Report on vaccination in Madras 1904-1921 - 1904-1921
Year: 1904
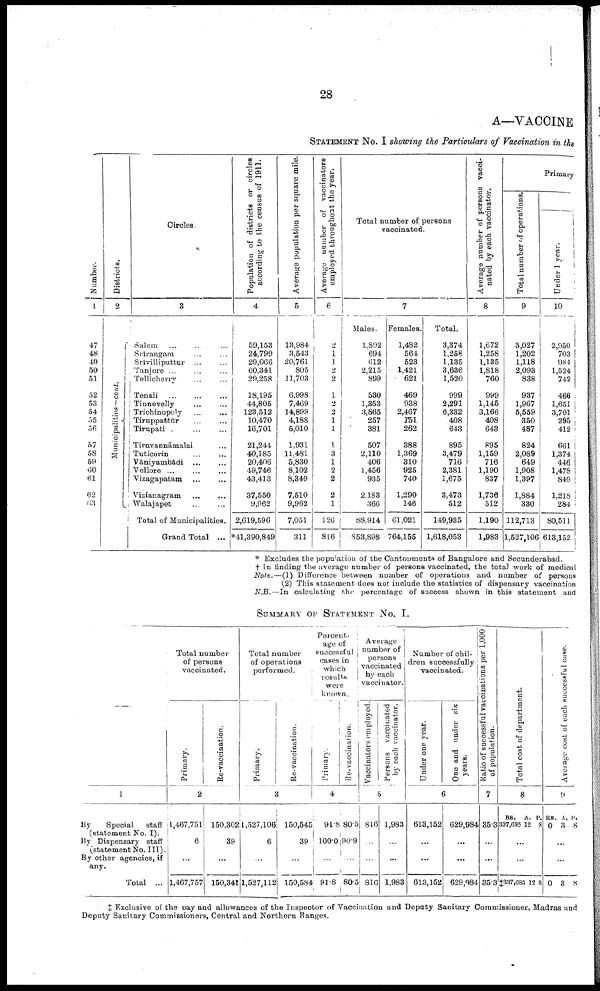
28
A—VACCINE
STATEMENT No. I showing the Particulars of Vaccination in the
Number.
1
47
48
49
50
51
52
53
54
55
56
57
58
59
60
61
62
63
Districts.
2
Municipalities—cont.
Circles.
3
Salem ... ... ...
Srirangam ... ...
Srivilliputtur ... ...
Tanjore ... ......
Tellicherry ... ...
Tenali
...
...
...
Tinnevelly ... ...
Trichinopoly ... ...
Tiruppattūr ... ...
Tirupati ... ...
Tiruvannāmalai ...
Tuticorin ... ...
Vāniyambadi
...
...
Vellore
...
...
...
Vizagapatam
...
...
Vizianagram ... ...
Walajapet
...
...
Total of Municipalities.
Grand Total ...
Population of districts or circles
according to the census of 1911.
4
59,153
24,799
29,066
60,341
29,258
18,195
44,805
123,512
10,470
16,701
21,244
40,185
20,406
49,746
43,413
37,550
9,962
2,619,596
*41,390,849
Average population per square mile.
5
13,984
3,543
20,761
805
11,703
6,998
7,469
14,899
4,188
5,010
1,931
11,481
5,830
8,102
8,349
7,510
9,962
7,051
311
Average number of vaccinators
employed throughout the year.
6
2
1
1
2
2
1
2
2
1
1
1
3
1
2
2
2
1
126
816
Total number of persons
vaccinated.
7
Males.
1,892
694
612
2,215
899
530
1,353
3,865
257
381
507
2,110
406
1,456
935
2,183
366
88,914
853,898
Females.
1,482
564
523
1,421
621
469
938
2,467
151
262
388
1,369
310
925
740
1,290
146
61,021
764,155
Total.
3,374
1,258
1,135
3,636
1,520
999
2,291
6,332
408
643
895
3,479
716
2,381
1,675
3,473
512
149,935
1,618,053
Average number of persons vacci-
nated by each vaccinator.
8
1,672
1,258
1,135
1,818
760
999
1,145
3,166
408
643
895
1,159
716
1,190
837
1,736
512
1,190
1,983
Primary
Total number of operations.
9
3,027
1,202
1,118
2,093
838
937
1,967
5,559
350
487
824
2,089
649
1,908
1,397
1,884
330
112,713
1,527,106
Under 1 year.
10
2,950
703
984
1,524
742
466
1,651
3,701
295
412
661
1,374
446
1,478
849
1,218
284
80,511
613,152
* Excludes the population of the Cantonments of Bangalore and Secunderabad.
† In finding the average number of persons vaccinated, the total work of medical
Note.—(1) Difference between number of operations and number of persons
(2) This statement does not include the statistics of dispensary vaccination
N.B.— In calculating the percentage of success shown in this statement and
SUMMARY OF STATEMENT No. I.
—
1
By
Special
staff
(statement No. I).
By Dispensary staff
(statement No. III).
By other agencies, if
any.
Total ...
Total number
of persons
vaccinated.
Primary.
Re-vaccination.
2
1,467,751
6
...
1,467,757
150,302
39
...
150,341
Total number
of operations
performed.
Primary.
Re-vaccination.
3
1,527,106
6
...
1,527,112
150,545
39
...
150,584
Percent-
age of
successful
cases in
which
results
were
known.
Primary.
Re-vaccination.
4
91.8
100.0
...
91.8
80.5
90.9
...
80.5
Average
number of
persons
vaccinated
by each
vaccinator.
Vaccinators employed.
Persons vaccinated
by each vaccinator.
5
816
...
...
816
1,983
...
...
1,983
Number of chil
dren successfully
vaccinated.
Under one year.
One and under six
years.
6
613,152
...
...
613,152
629,984
...
...
629,984
Ratio of successful vaccinations per 1,000
of population.
7
35.3
...
...
35.3
Total cost of department.
8
RS.
337,685
A.
12
P.
8
...
...
‡337,685 12 8
Average cost of each successful case.
9
RS.
0
A.
3
P.
8
...
...
0 3 8
‡ Exclusive of the pay and allowances of the Inspector of Vaccination and Deputy Sanitary Commissioner, Madras and
Deputy Sanitary Commissionors, Central and Northern Ranges.